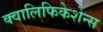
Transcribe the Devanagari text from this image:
क्वालिफिकेशेन्स